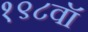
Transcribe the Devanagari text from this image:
१९८वॉ